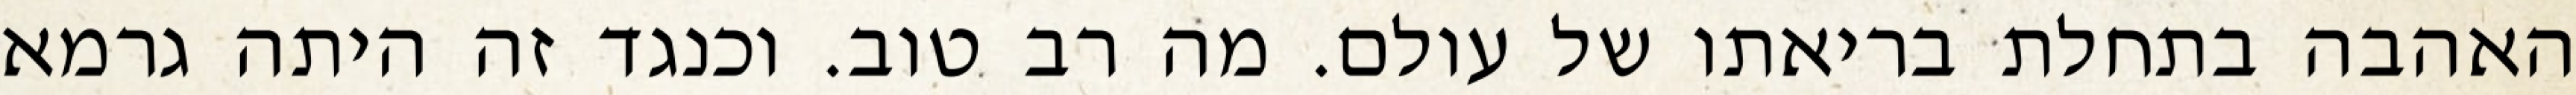
האהבה בתחלת בריאתו של עולם. מה רב טוב. וכנגד זה היתה גרמא